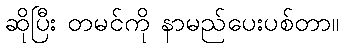
ဆိုပြီး တမင်ကို နာမည်ပေးပစ်တာ။